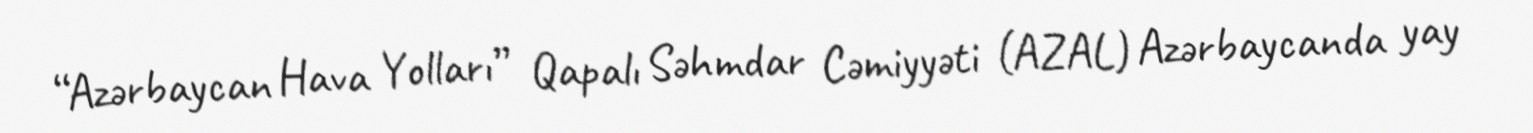
“Azərbaycan Hava Yolları” Qapalı Səhmdar Cəmiyyəti (AZAL) Azərbaycanda yay